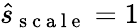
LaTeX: \hat{s}_{\mathrm{~s~c~a~l~e~}}=1